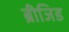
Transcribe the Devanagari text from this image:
ब्रीजिड